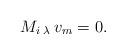
LaTeX: \begin{align*}M_i\,{}_\lambda\, v_m=0.\end{align*}